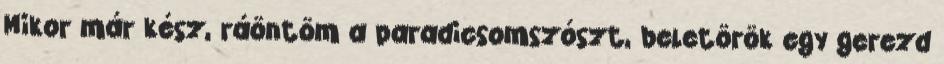
Mikor már kész, ráöntöm a paradicsomszószt, beletörök egy gerezd